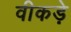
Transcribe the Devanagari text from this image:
वीकड़े